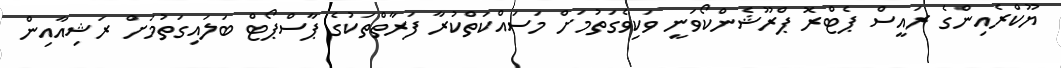
ޔޫކްރެއިންގެ ރައީސް ޕެޓްރޮ ޕްރޫޝެންކޯވަނީ ވަކިވެގަތުމަށް މަސައްކަތްކުރާ ފަރާތްތަކުގެ ޕާސްޕޯޓް ބަލައިގަތުމަށް ރަޝިއާއިން